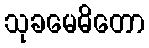
သုခမေဓိတော